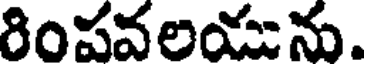
రింపవలయు ను.